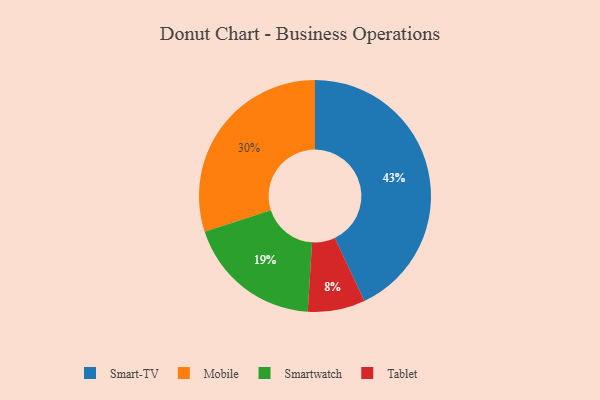
{"axis": {"x": "Category", "y": "Percentage"}, "legend": ["Mobile", "Smart-TV", "Smartwatch", "Tablet"], "data": [{"x": "Mobile", "y": 30, "type": "Mobile"}, {"x": "Tablet", "y": 8, "type": "Tablet"}, {"x": "Smart-TV", "y": 43, "type": "Smart-TV"}, {"x": "Smartwatch", "y": 19, "type": "Smartwatch"}]}